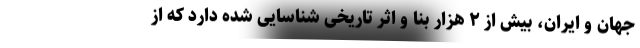
جهان و ایران، بیش از ۲ هزار بنا و اثر تاریخی شناسایی شده دارد که از